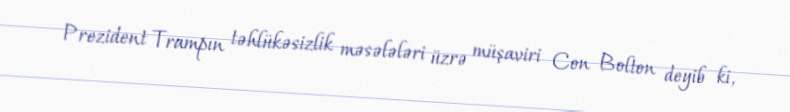
Prezident Trampın təhlükəsizlik məsələləri üzrə müşaviri Con Bolton deyib ki,